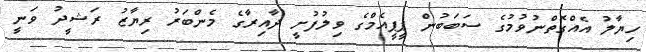
ހިޔާލު އެއްގޮތްނުވުމުގެ ސަބަބުން ޕީޕީއެމްގެ ވިލުފުށީ ދާއިރާގެ މެންބަރު ރިޔާޒު ރަޝީދު ވަނީ